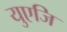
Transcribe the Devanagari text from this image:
युएजि